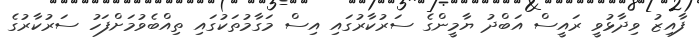
ފާއިޒު ވިދާޅުވީ ރައީސް އަބްދު ޔާމީންގެ ސަރުކާރުގައި އިސް މަގާމުތަކުގައި ތިއްބެވުމަށްފަހު ސަރުކާރުގެ